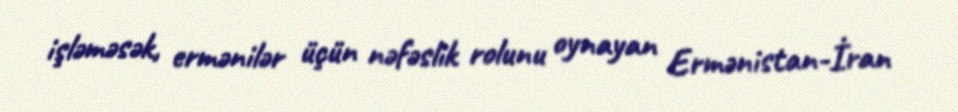
işləməsək, ermənilər üçün nəfəslik rolunu oynayan Ermənistan-İran